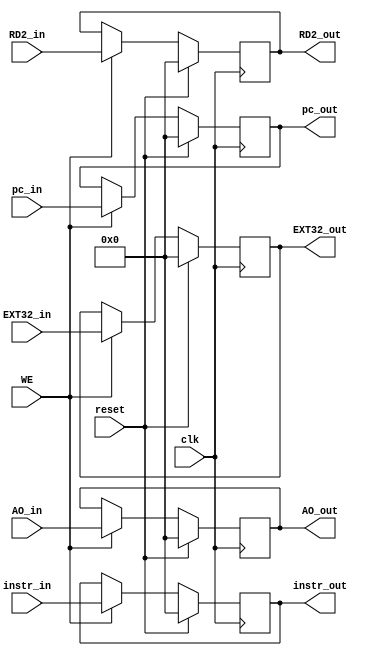
`timescale 1ns / 1ps
//////////////////////////////////////////////////////////////////////////////////
// Company: 
// Engineer: 
// 
// Design Name: 
// Module Name:    M_REG 
// Project Name: 
// Target Devices: 
// Tool versions: 
// Description: 
//
// Dependencies: 
//
// Revision: 
// Revision 0.01 - File Created
// Additional Comments: 
//
//////////////////////////////////////////////////////////////////////////////////
module M_REG(
    input clk,
    input reset,
    input WE,
    input [31:0] instr_in,
    input [31:0] pc_in,
    input [31:0] RD2_in,
    input [31:0] EXT32_in,
    input [31:0] AO_in,
    output [31:0] instr_out,
    output [31:0] pc_out,
    output [31:0] RD2_out,
    output [31:0] EXT32_out,
    output [31:0] AO_out
    );
    
    reg [31:0] instr;
    reg [31:0] pc;
    reg [31:0] RD2;
    reg [31:0] EXT32;
    reg [31:0] AO;
    
    assign instr_out = instr;
    assign pc_out = pc;
    assign RD2_out = RD2;
    assign EXT32_out = EXT32;
    assign AO_out = AO;
    
    always @(posedge clk) begin
        if(reset) begin
            instr <= 0;
            pc <= 0;
            RD2 <= 0;
            EXT32 <= 0;
            AO <= 0;
        end
        else if(WE) begin
            instr <= instr_in;
            pc <= pc_in;
            RD2 <= RD2_in;
            EXT32 <= EXT32_in;
            AO <= AO_in;
        end
    end

endmodule